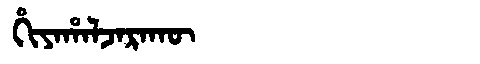
Manchu: ᡥᡳᠶᠠᡥᠠᠯᠵᠠᡵᠠᡴᡡ
Romanization: HIYAHALJARAKŪ